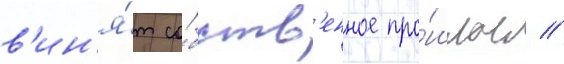
в'ин'я́т со́бств'енное про́шлое //